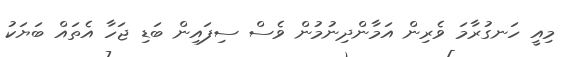
މިއީ ހަނގުރާމަ ވެރިން އަމާންދިނުމުން ވެސް ސިފައިން ބަޑި ޖަހާ އެތައް ބަޔަކު